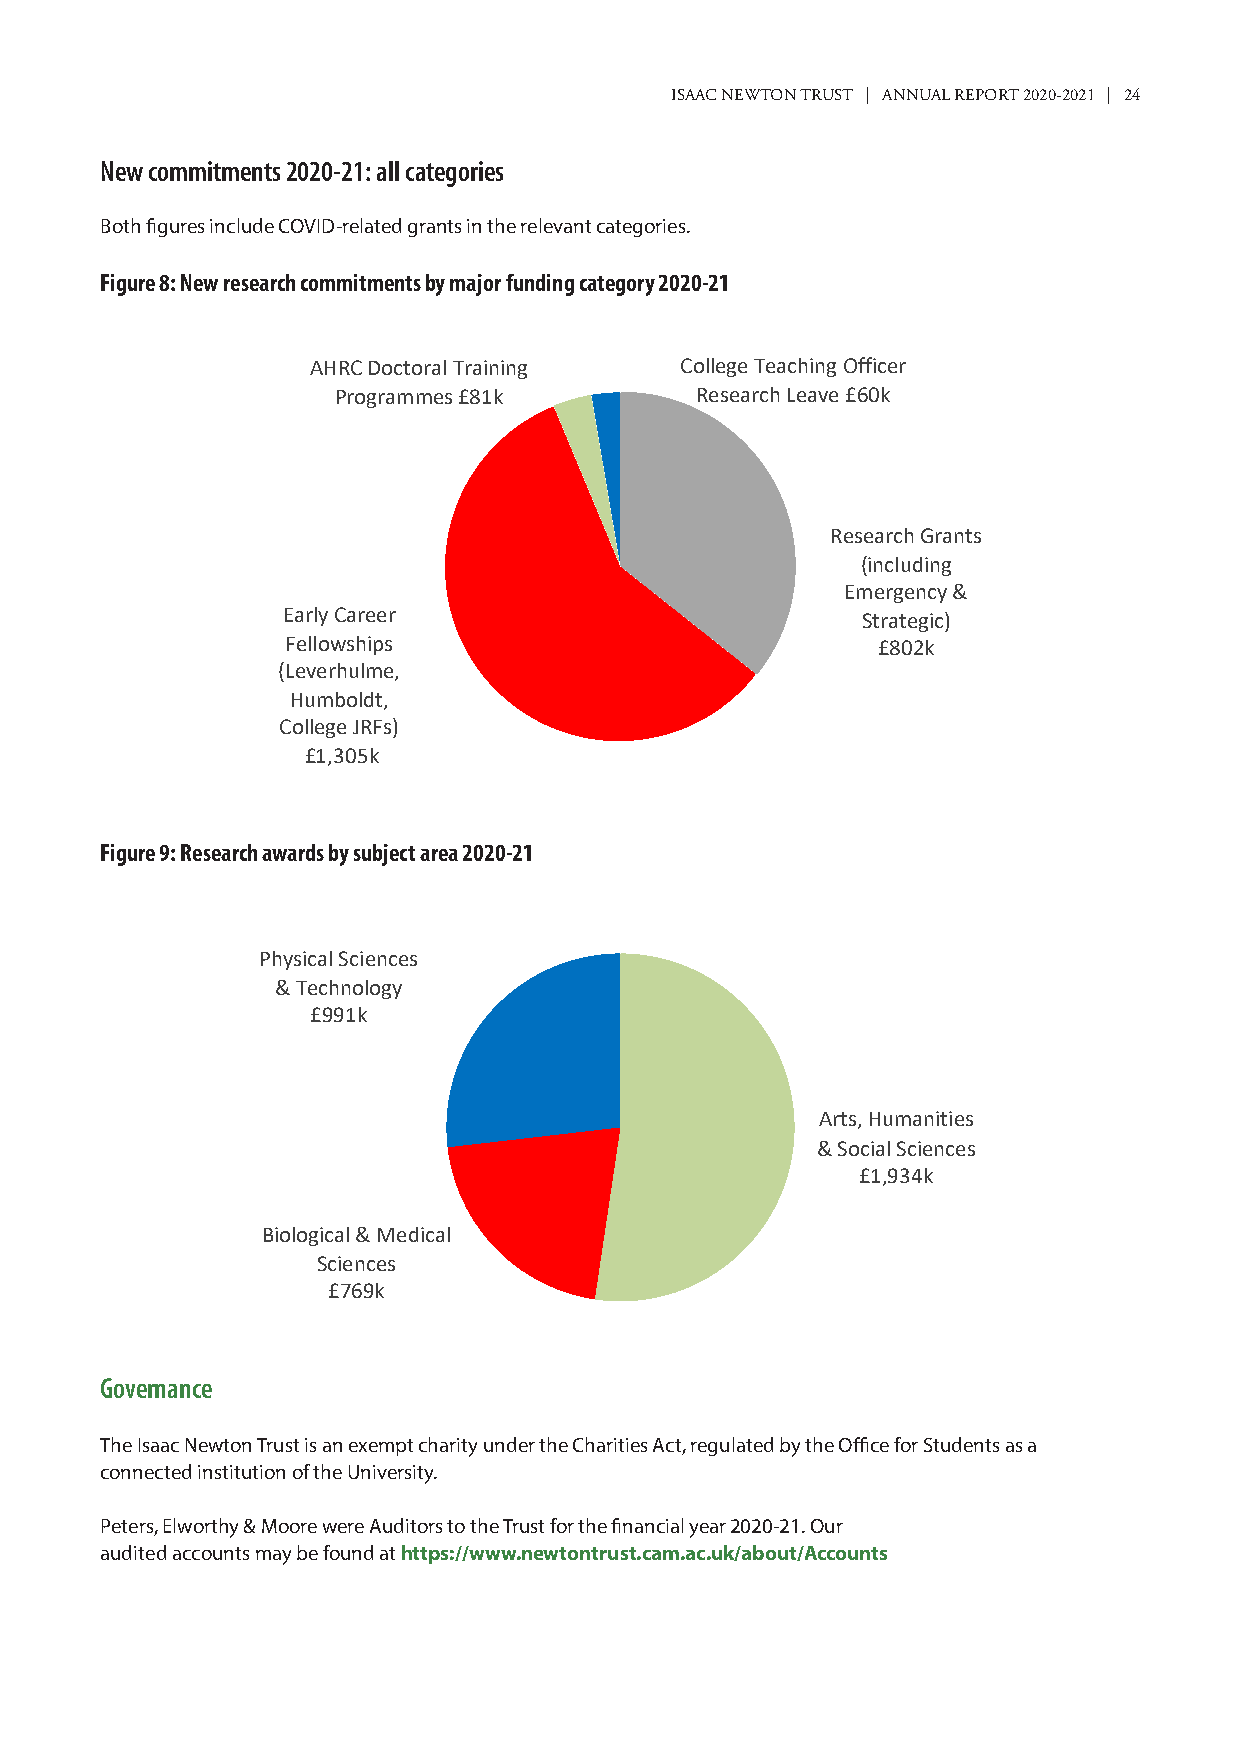
ISAAC NEWTON TRUST | ANNUAL REPORT 2020-2021 | 24
 New commitments 2020-21: all categories
 Both figures include COVID-related grants in the relevant categories.
 Figure 8: New research commitments by major funding category 2020-21
 AHRC Doctoral Training  College Teaching Officer
 Programmes £81k         Research Leave £60k
 Research Grants
 (including
 Emergency &
 Early Career
 Strategic)
 Fellowships                            £802k
 (Leverhulme,
 Humboldt,
 College JRFs)
 £1,305k
 Figure 9: Research awards by subject area 2020-21
 Physical Sciences
 & Technology
 £991k
 Arts, Humanities
 & Social Sciences
 £1,934k
 Biological & Medical
 Sciences
 £769k
 Governance
 The Isaac Newton Trust is an exempt charity under the Charities Act, regulated by the Office for Students as a
 connected institution of the University.
 Peters, Elworthy & Moore were Auditors to the Trust for the financial year 2020-21. Our
 audited accounts may be found at https://www.newtontrust.cam.ac.uk/about/Accounts